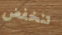
تنخفض